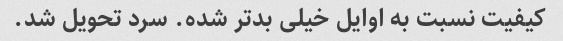
کیفیت نسبت به اوایل خیلی بدتر شده. سرد تحویل شد.